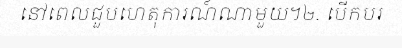
នៅពេលជួបហេតុការណ៍ណាមួយ។២. បើកបរ